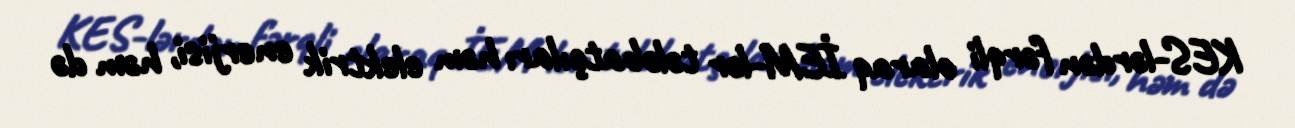
KES-lərdən fərqli olaraq İEM-lər tələbatçıları həm elektrik enerjisi, həm də